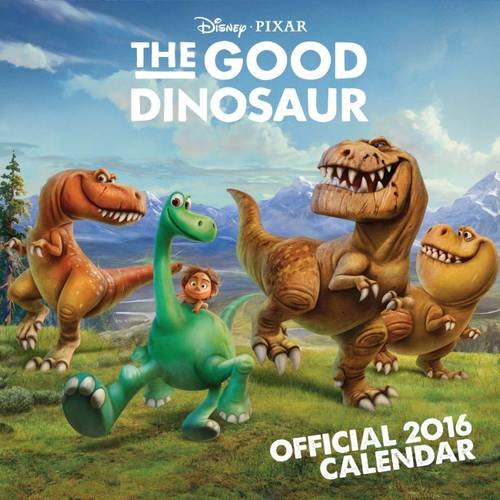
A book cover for The Official Good Dinosaur 2016 Square Calendar; Calendars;